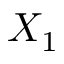
X _ { 1 }